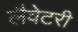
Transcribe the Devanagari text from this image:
लैवेटरी